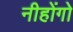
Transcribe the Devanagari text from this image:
नीहोंगो